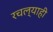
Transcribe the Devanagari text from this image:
रचल्याही